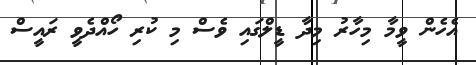
އެހެން ވީމާ މިހާރު މިދާ ޑީލްގައި ވެސް މި ކުރި ހޯއްދެވީ ރައީސް